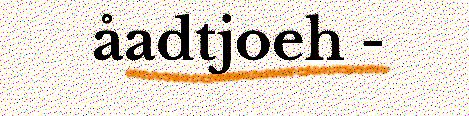
åadtjoeh -